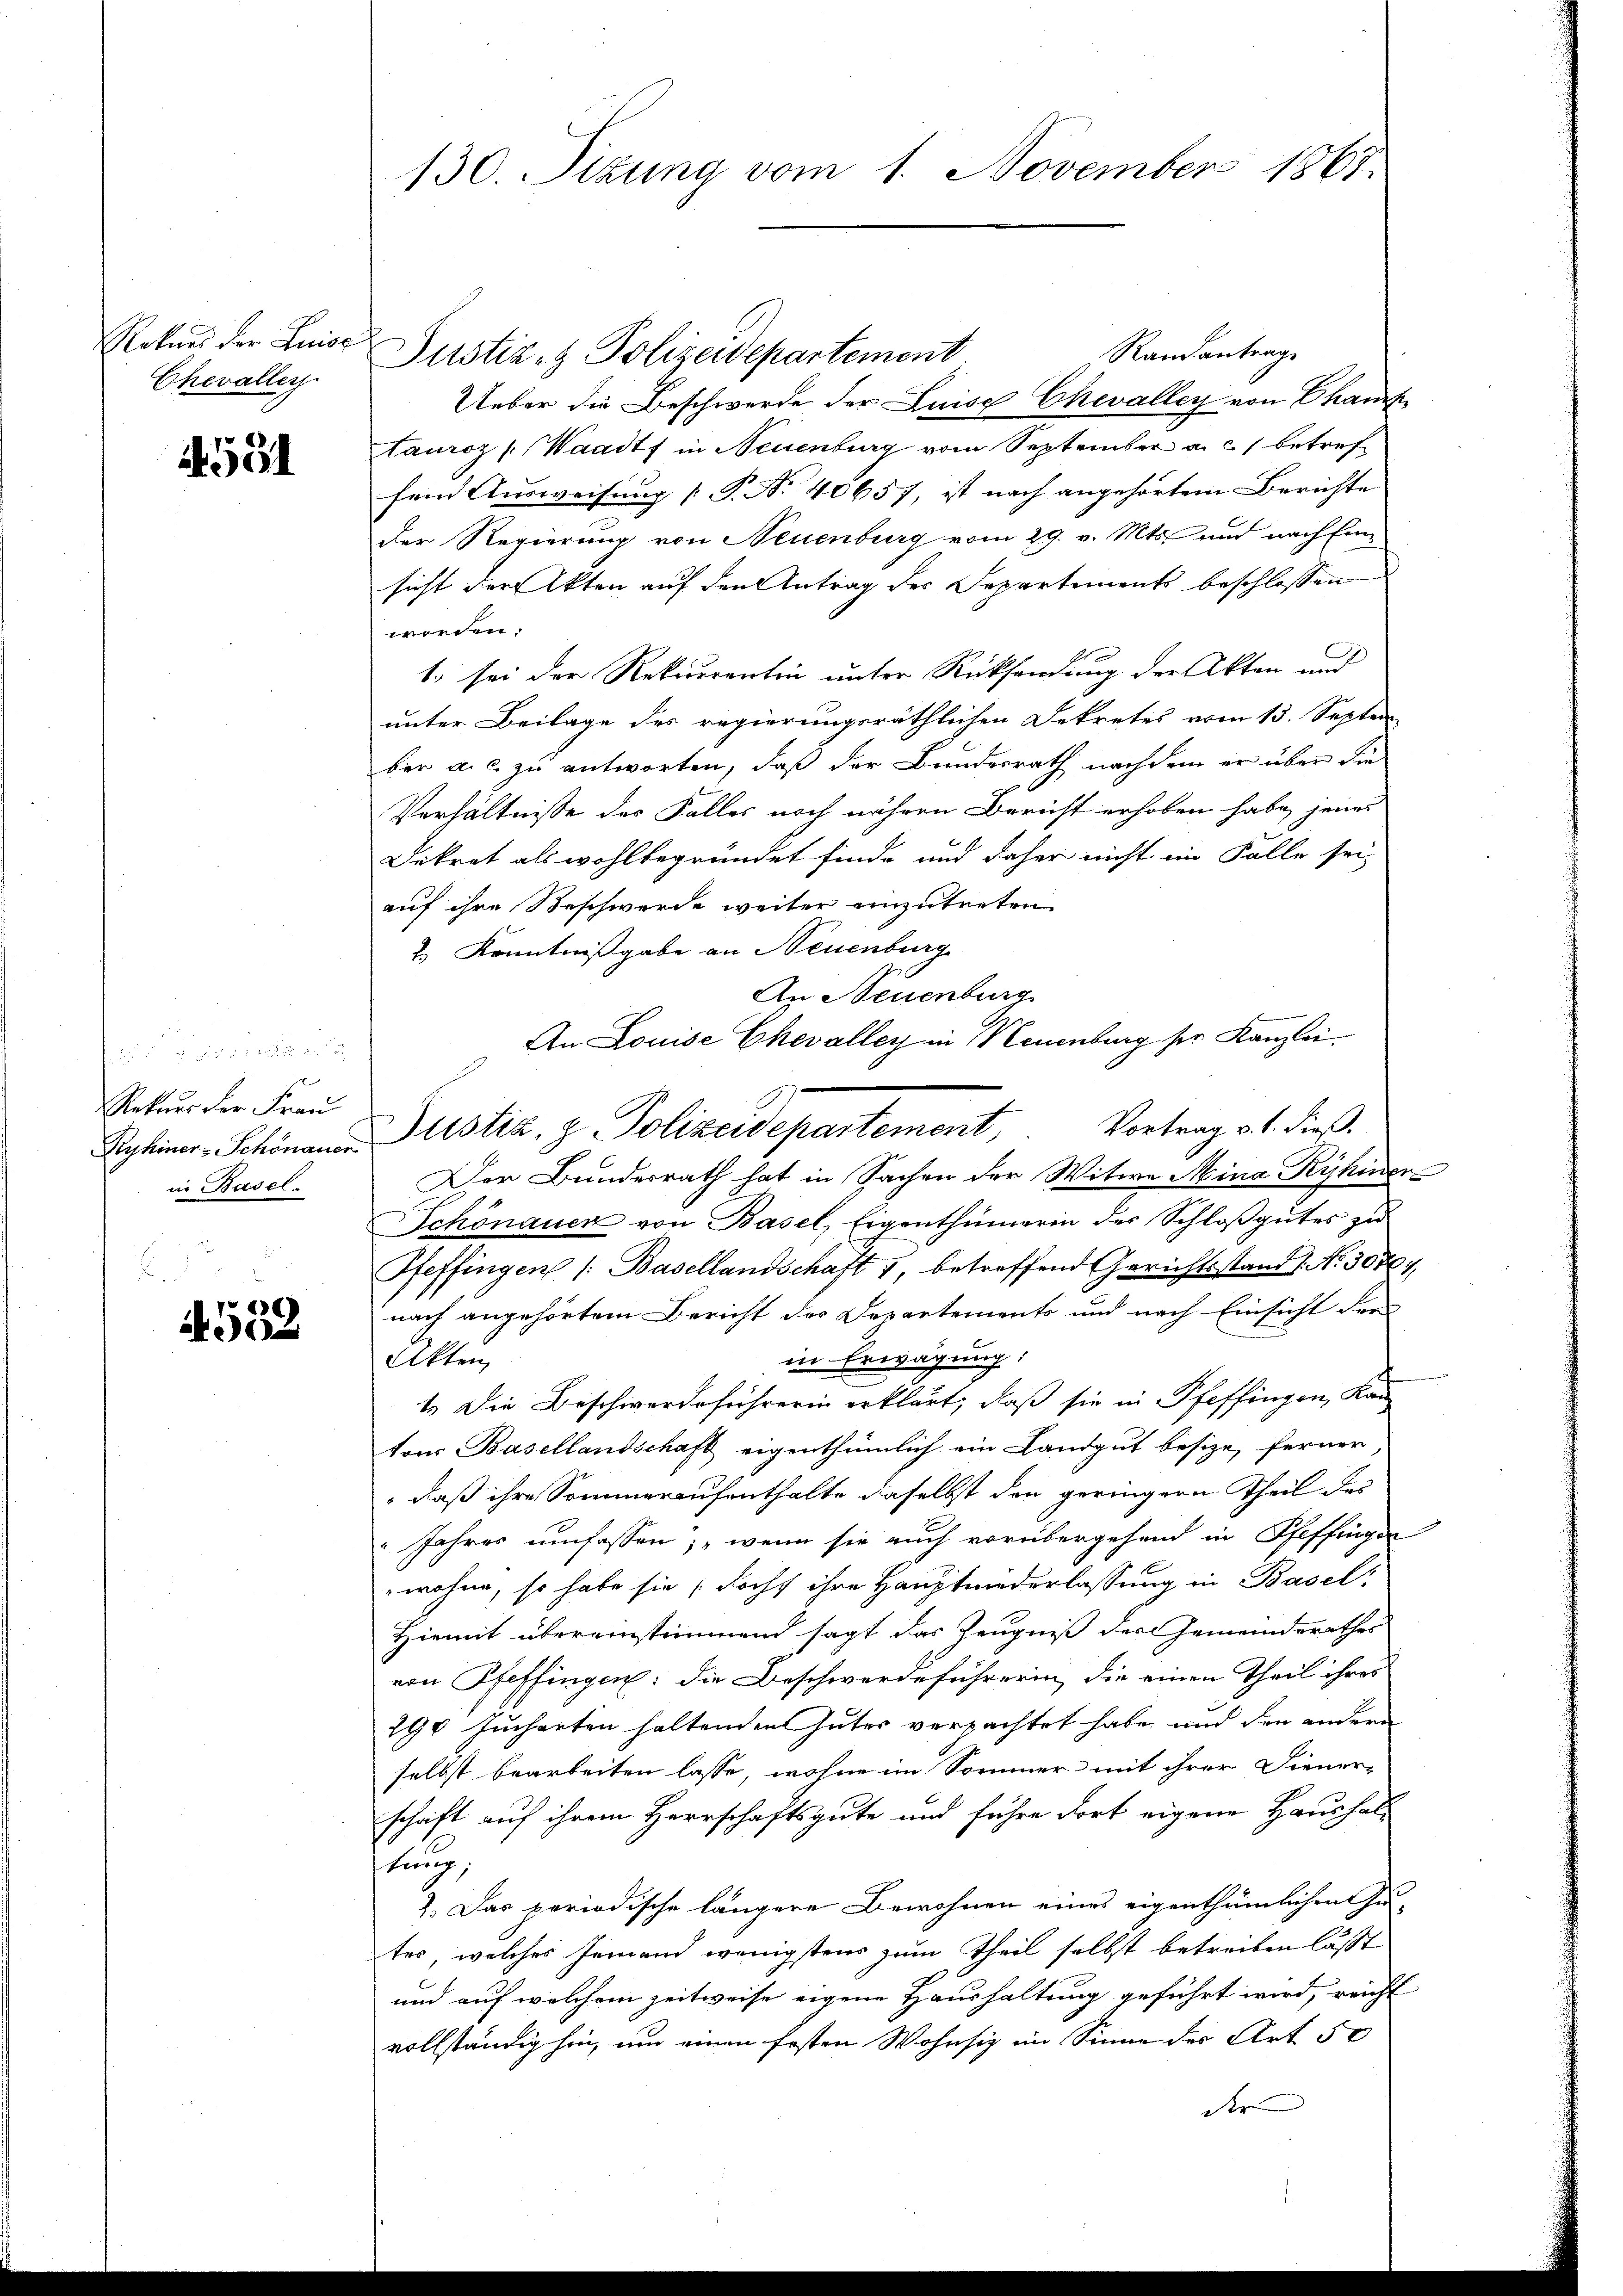
Rekurs der Luise
Chevallen.

91

die
Rekurs der Frau
Ryhiner Schönauer
in Basel.

b
6
0

130. Sizung vom 1. November 1867.

Randantrage
Justiz- & Polizeidepartement
Ueber die Beschwerde der Luise Chevalley von Chan
tauroz (Waadt in Neuenburg vom September a. c. betreffein Ausweisung [P. Nr. 40657 ist nach angehörtem Berichte
Der Regierung von Neuenburg vom 29. v. Mts. und nach Einsicht der Akten auf den Antrag der Departements beschlossen
worden.
1. sei der Rekurrentin unter Rücksendung der Akten und
unter Beilage des regierungsräthlichen Dekretes vom 13. Septem
ber a. c. zu antworten, daß der Bundesrath nach dem er über die
Verhältnisse des Falles noch nähern Bericht erhoben habe, jenes
Dekret als wohlbegründet finde und daher nicht im Falle sei-
auf ihre Beschwerde weiter einzutreten
2.) Kenntnißgabe an Neuenburg
An Neuenburg
An Louise Chevalley in Neuenburg ser Kanzlei.
Justiz, z. Polizeidepartement, Vortrag v. 1. dieß.
Der Bundesrath hat in Sachen der Witwe Mina Ryhuder
Schönauer von Basel, Eigenthümerin des Schloβgŭtes zŭ
Pfeffingen /: Basellandschaft 1, betreffend Gerichtsstand No. 3071,
nach angehörtem Bericht des Departements und nach Einsicht der
in Erwägung:
Akten,
t. Die Beschwerdeführerin erklärt, daß sie in Pfeffingen, Kan
tons Basellandschaft eigenthümlich ein Landgut besize, ferner
" daß ihre Sommeraufenthalte daselbst den geringern Theil des
" Jahres umfassen; wenn sie auch vorübergehend in Pfeffingen
wohne, so habe sie doch ihre Hauptwederlassung in Basel-
Hiemit übereinstimmend sagt das Zeugniß des Gemeinderathes
von Pfeffingen: die Beschwerdeführerin, die einen Theil ihres
290 Jucharten haltenden Gutes verpachtet habe und den andern
selbst bearbeiten lasse, wohne im Sommer mit ihrer Diener-
schaft auf ihrem Herrschaftsgute und führe dort eigene Haushaltung,
1. Das periodische längere Bewohnen eines eigenthümlichen Zu-
tes, welches jemand wenigstens zum Theil selbst betreiben lässt
und auf welchem Zeitweise eigene Haushaltung geführt wird, reicht
vollständig hin, um einen festen Wohnsiz im Sinne der Art. 50
der